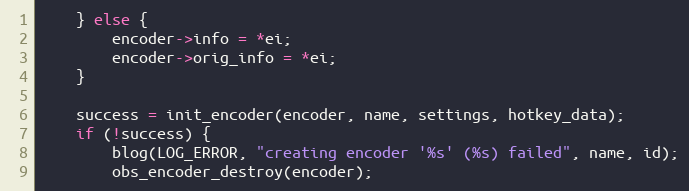
Language: C
	} else {
		encoder->info = *ei;
		encoder->orig_info = *ei;
	}

	success = init_encoder(encoder, name, settings, hotkey_data);
	if (!success) {
		blog(LOG_ERROR, "creating encoder '%s' (%s) failed", name, id);
		obs_encoder_destroy(encoder);